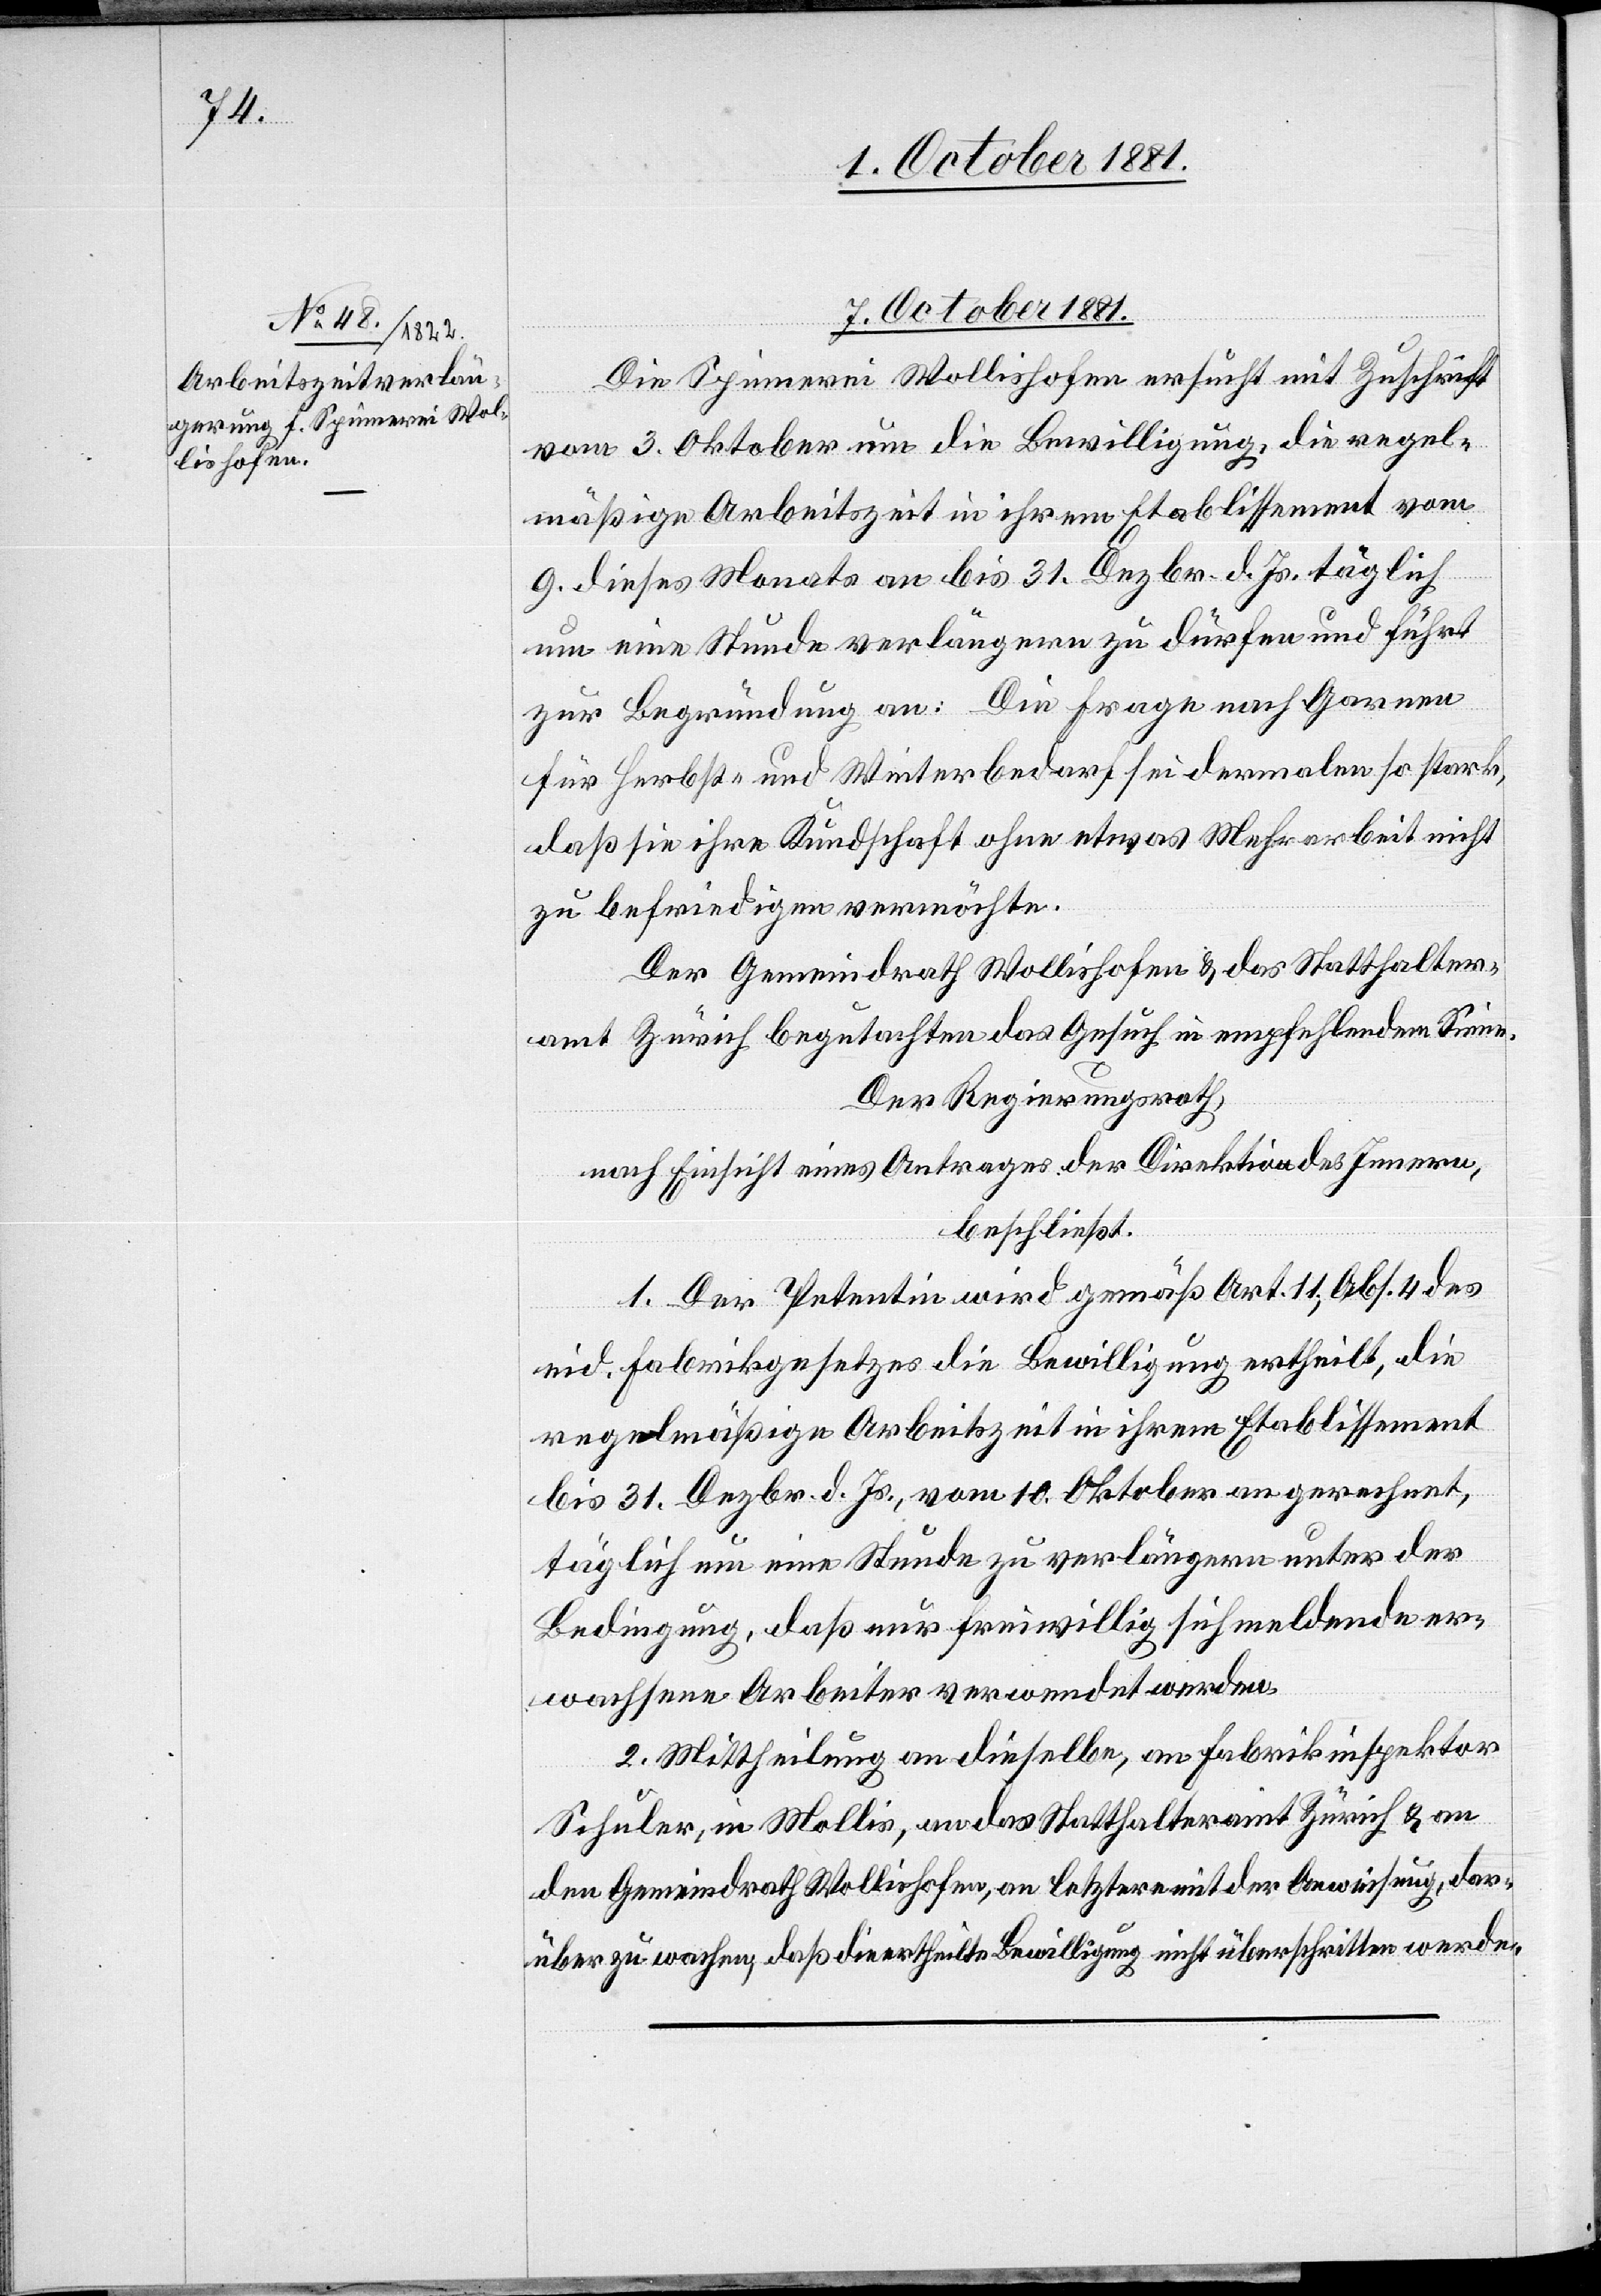
7. October 1881.
Die Spinnerei Wollishofen ersucht mit Zuschrift
vom 3. Oktober um die Bewilligung, die regel¬
mäßige Arbeitszeit in ihrem Etablissement vom
9. dieses Monats an bis 31. Dezbr. d. Js. täglich
um eine Stunde verlängern zu dürfen und führt
zur Begründung an: Die Frage nach Garnen
für Herbst- und Winterbedarf sei dermalen so stark,
daß sie ihre Kundschaft ohne etwas Mehrarbeit nicht
zu befriedigen vermöchte.
Der Gemeindrath Wollishofen & das Statthalter¬
amt Zürich begutachten das Gesuch in empfehlendem Sinne.
Der Regierungsrath,
nach Einsicht eines Antrages der Direktion des Innern,
beschließt:
1. Der Petentin wird gemäß Art. 11., Abs. 4 des
eid. Fabrikgesetzes die Bewilligung ertheilt, die
regelmäßige Arbeitszeit in ihrem Etablissement
bis 31. Dezbr. d. Js., vom 10. Oktober an gerechnet,
täglich um eine Stunde zu verlängern unter der
Bedingung, daß nur freiwillig sich meldende er¬
wachsene Arbeiter verwendet werden.
2. Mittheilung an dieselbe, an Fabrikinspektor
Schuler, in Mollis, an das Statthalteramt Zürich & an
den Gemeindrath Wollishofen, an letztern mit der Anweisung, dar¬
über zu wachen, daß die ertheilte Bewilligung nicht überschritten werde.